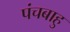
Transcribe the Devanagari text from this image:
पंचबाहु